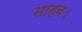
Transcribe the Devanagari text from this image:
साहब।